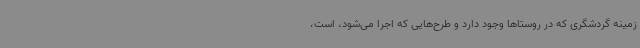
زمینه گردشگری که در روستاها وجود دارد و طرح‌هایی که اجرا می‌شود، است،